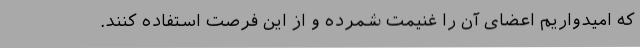
که امیدواریم‌ اعضای آن را غنیمت شمرده و از این فرصت استفاده کنند.